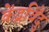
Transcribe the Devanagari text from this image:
केंद्रबिँदु